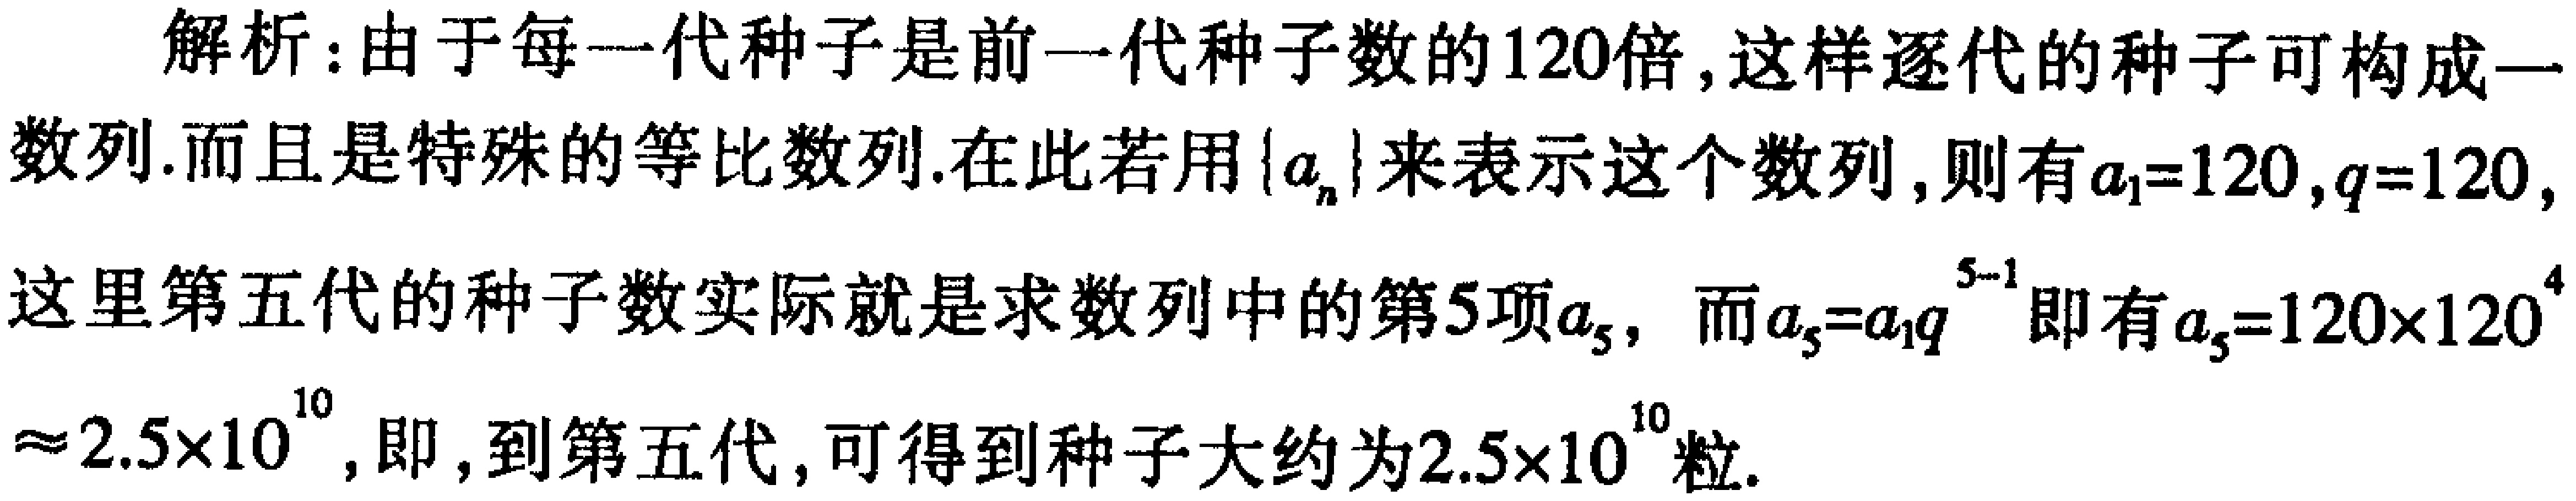
解析：由于每一代种子是前一代种子数的120倍, 这样逐代的种子可构成一数列.而且是特殊的等比数列.在此若用\(\{a_{n}\}\)来表示这个数列, 则有\(a_{1}=120\), \(q = 120\),这里第五代的种子数实际就是求数列中的第5项\(a_{5}\), 而\(a_{5}=a_{1}q^{5 - 1}\)即有\(a_{5}=120\times120^{4}\approx2.5\times10^{10}\), 即, 到第五代, 可得到种子大约为\(2.5\times10^{10}\)粒.